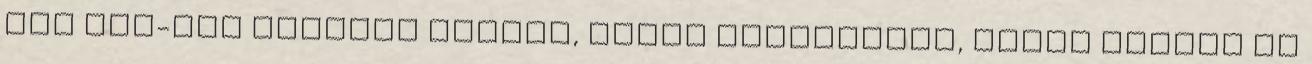
épp egy-egy vallási vezető, akire hallgatnak, akkor sajnos az